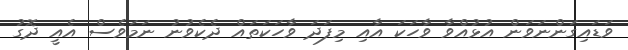
ވަޑައިގަންނަވަން އުޅުއްވާ ވާހަކަ އާއި މިފަދަ ވާހަކަތައް ދެކެވުނު ނަމަވެސް އެއީ ދޮގު